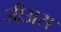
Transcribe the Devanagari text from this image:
जीअस